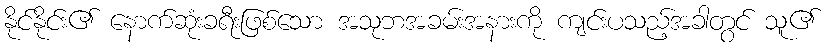
နိုင်နိုင်း၏ နောက်ဆုံးခရီးဖြစ်သော အသုဘအခမ်းအနားကို ကျင်းပသည့်အခါတွင် သူ၏